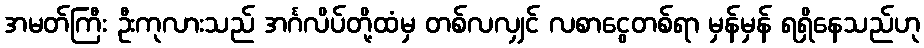
အမတ်ကြီး ဦးကုလားသည် အင်္ဂလိပ်တို့ထံမှ တစ်လလျှင် လစာငွေတစ်ရာ မှန်မှန် ရရှိနေသည်ဟု